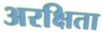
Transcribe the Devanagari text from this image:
अरक्षिता